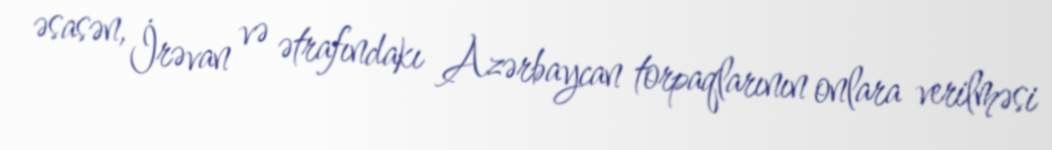
əsasən, İrəvan və ətrafındakı Azərbaycan torpaqlarının onlara verilməsi